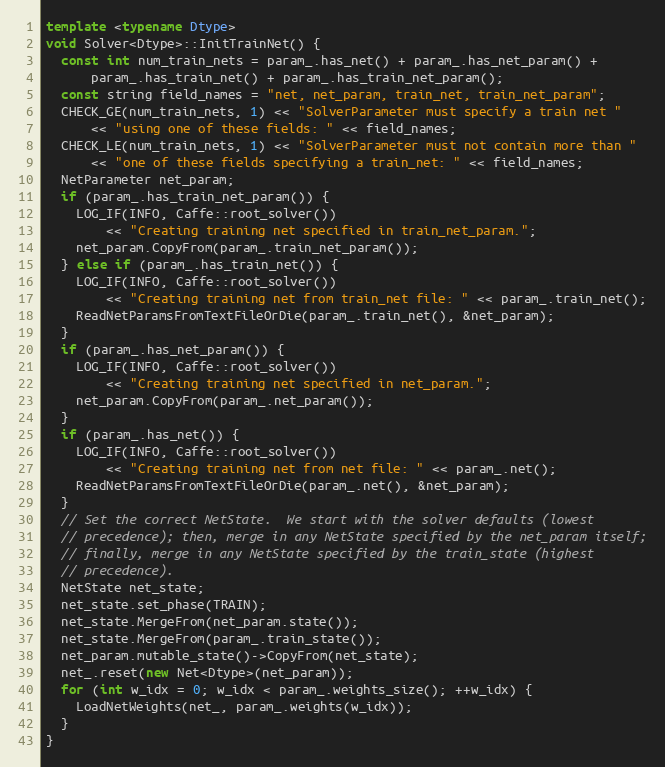
Language: C++
template <typename Dtype>
void Solver<Dtype>::InitTrainNet() {
  const int num_train_nets = param_.has_net() + param_.has_net_param() +
      param_.has_train_net() + param_.has_train_net_param();
  const string field_names = "net, net_param, train_net, train_net_param";
  CHECK_GE(num_train_nets, 1) << "SolverParameter must specify a train net "
      << "using one of these fields: " << field_names;
  CHECK_LE(num_train_nets, 1) << "SolverParameter must not contain more than "
      << "one of these fields specifying a train_net: " << field_names;
  NetParameter net_param;
  if (param_.has_train_net_param()) {
    LOG_IF(INFO, Caffe::root_solver())
        << "Creating training net specified in train_net_param.";
    net_param.CopyFrom(param_.train_net_param());
  } else if (param_.has_train_net()) {
    LOG_IF(INFO, Caffe::root_solver())
        << "Creating training net from train_net file: " << param_.train_net();
    ReadNetParamsFromTextFileOrDie(param_.train_net(), &net_param);
  }
  if (param_.has_net_param()) {
    LOG_IF(INFO, Caffe::root_solver())
        << "Creating training net specified in net_param.";
    net_param.CopyFrom(param_.net_param());
  }
  if (param_.has_net()) {
    LOG_IF(INFO, Caffe::root_solver())
        << "Creating training net from net file: " << param_.net();
    ReadNetParamsFromTextFileOrDie(param_.net(), &net_param);
  }
  // Set the correct NetState.  We start with the solver defaults (lowest
  // precedence); then, merge in any NetState specified by the net_param itself;
  // finally, merge in any NetState specified by the train_state (highest
  // precedence).
  NetState net_state;
  net_state.set_phase(TRAIN);
  net_state.MergeFrom(net_param.state());
  net_state.MergeFrom(param_.train_state());
  net_param.mutable_state()->CopyFrom(net_state);
  net_.reset(new Net<Dtype>(net_param));
  for (int w_idx = 0; w_idx < param_.weights_size(); ++w_idx) {
    LoadNetWeights(net_, param_.weights(w_idx));
  }
}